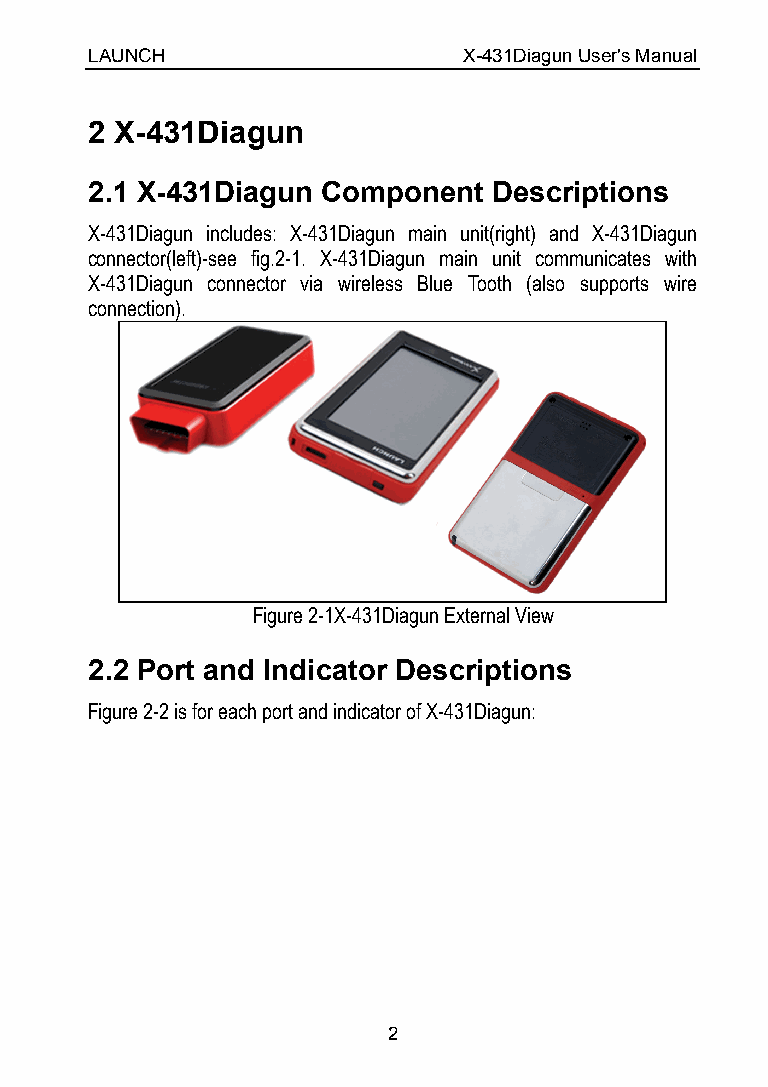
LAUNCH                   X-431Diagun User's Manual
 2 X-431Diagun
 2.1 X-431Diagun Component  Descriptions
 X-431Diagun includes: X-431Diagun main unit(right) and X-431Diagun
 connector(left)-see fig.2-1. X-431Diagun main unit communicates with
 X-431Diagun connector via wireless Blue Tooth (also supports wire
 connection).
 Figure 2-1X-431Diagun External View
 2.2 Port and Indicator Descriptions
 Figure 2-2 is for each port and indicator of X-431Diagun:
 2